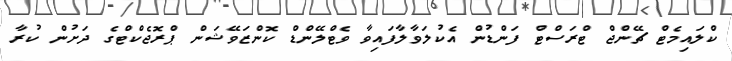
ކްލައިމެޓް ޗޭންޖް ޓްރަސްޓް ފަންޑުން އެކުލަވާލާފައިވާ ވެޓްލޭންޑް ކޮންޒަވޭޝަން ޕްރޮޖެކްޓްގެ ދަށުން ކުރާ